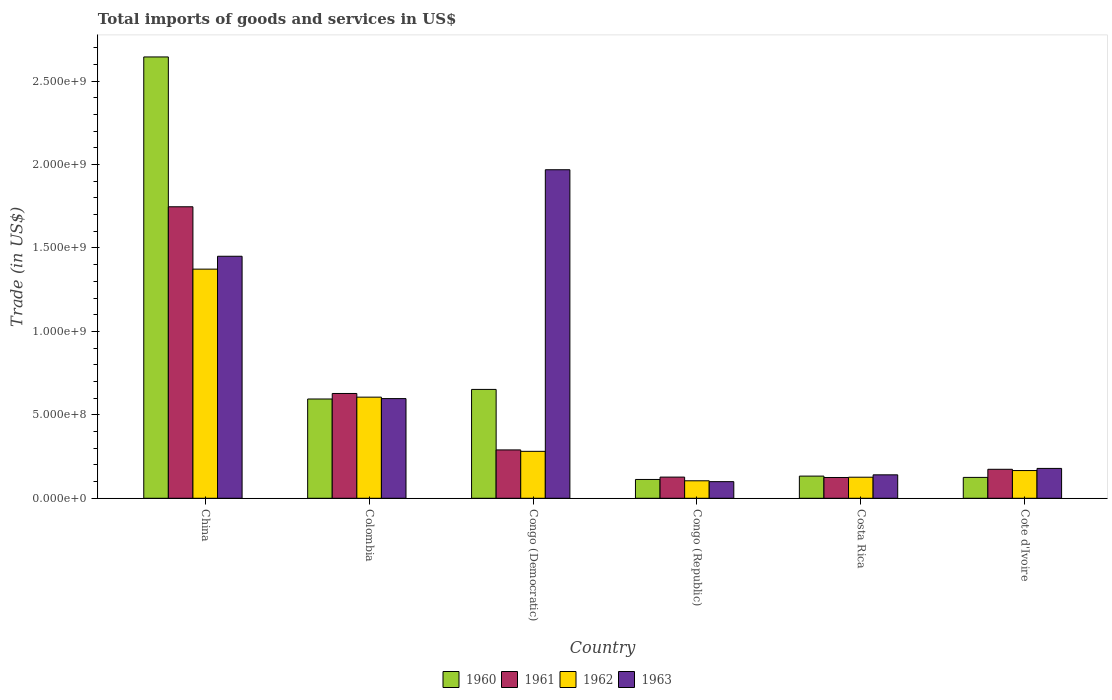
| Country | 1960 | 1961 | 1962 | 1963 |
 | --- | --- | --- | --- | --- |
 | China | 2.64e+09 | 1.75e+09 | 1.37e+09 | 1.45e+09 |
 | Colombia | 5.95e+08 | 6.28e+08 | 6.06e+08 | 5.97e+08 |
 | Congo (Democratic) | 6.52e+08 | 2.9e+08 | 2.81e+08 | 1.97e+09 |
 | Congo (Republic) | 1.13e+08 | 1.27e+08 | 1.05e+08 | 9.96e+07 |
 | Costa Rica | 1.33e+08 | 1.25e+08 | 1.26e+08 | 1.4e+08 |
 | Cote d'Ivoire | 1.25e+08 | 1.74e+08 | 1.66e+08 | 1.79e+08 |